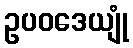
ဥပဝဒေယျုံ